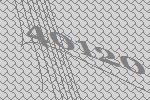
40120